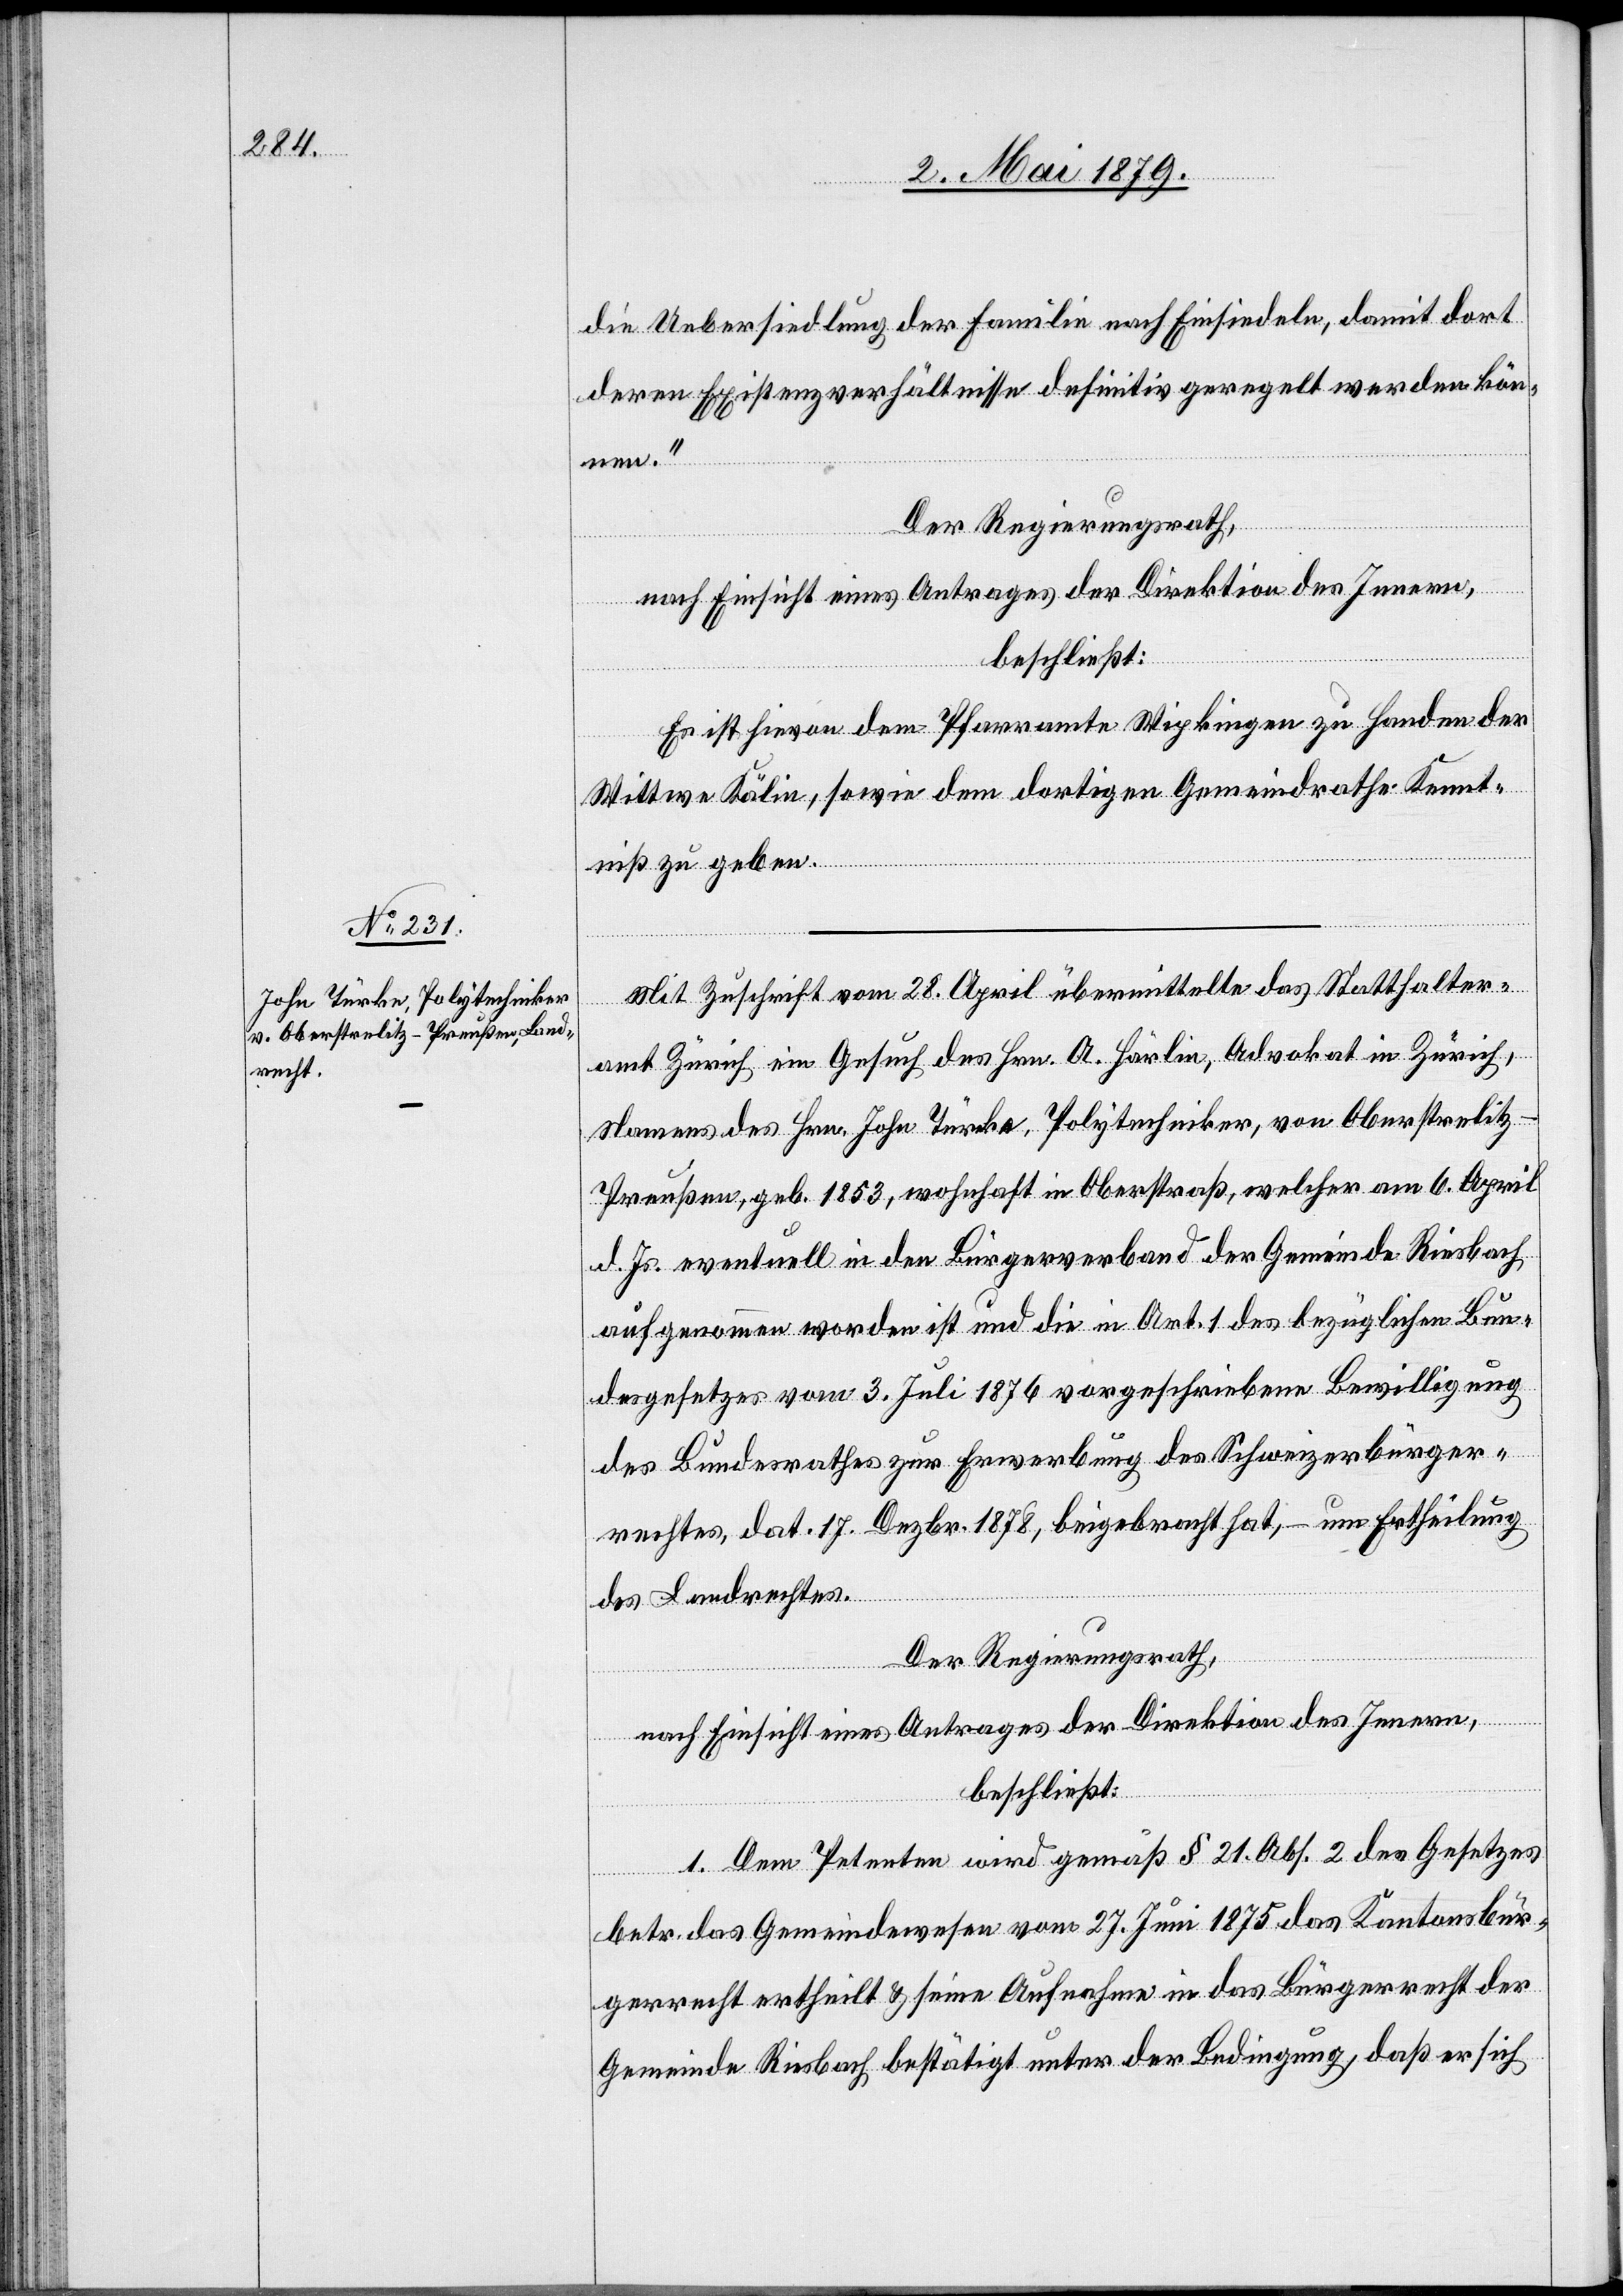
die Uebersiedlung der Familie nach Einsiedeln, damit dort
deren Existenzverhältnisse definitiv geregelt werden kön¬
nen.“
Der Regierungsrath,
nach Einsicht eines Antrages der Direktion des Innern,
beschließt:
Es ist hievon dem Pfarramte Wipkingen zu Handen der
Wittwe Kälin, sowie dem dortigen Gemeindrathe Kennt¬
niß zu geben.
Mit Zuschrift vom 28. April übermittelte das Statthalter¬
amt Zürich ein Gesuch des Hrn. A. Härlin, Advokat in Zürich,
Namens des Hrn. John Türcke [sic!], Polytechniker, von Oberstrelitz
Preußen, geb. 1853, wohnhaft in Oberstraß, welcher am 6. April
d. Js. eventuell in den Bürgerverband der Gemeinde Riesbach
aufgenommen worden ist und die in Art. 1 des bezüglichen Bun¬
desgesetzes vom 3. Juli 1876 vorgeschriebene Bewilligung
des Bundesrathes zur Erwerbung des Schweizerbürger¬
rechtes, dat. 17. Dezbr. 1878, beigebracht hat, – um Ertheilung
des Landrechtes.
Der Regierungsrath,
nach Einsicht eines Antrages der Direktion des Innern,
beschließt:
1. Dem Petenten wird gemäß § 21. Abs. 2 des Gesetzes
betr. das Gemeindewesen vom 27. Juni 1875 das Kantonsbür¬
gerrecht ertheilt & seine Aufnahme in das Bürgerrecht der
Gemeinde Riesbach bestätigt unter der Bedingung, daß er sich